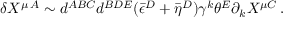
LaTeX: \delta X ^ { \mu \, A } \sim d ^ { A B C } d ^ { B D E } ( \bar { \epsilon } ^ { D } + \bar { \eta } ^ { D } ) \gamma ^ { k } \theta ^ { E } \partial _ { k } X ^ { \mu C } \, .